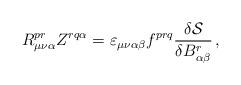
LaTeX: \begin{align*}R_{\mu\nu\alpha}^{pr}Z^{rq\alpha} = {\varepsilon}_{\mu\nu\alpha\beta}f^{prq} \frac{\delta {\cal S}}{\delta B_{\alpha\beta}^r}\,,\end{align*}